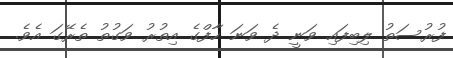
ފުރުސަތު ލިބިފައި ވަނީ ދެ ވަނަ ހާފްގެ އިތުރު ވަގުތު ތެރޭގަ އެވެ.